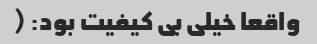
واقعا خیلی بی کیفیت بود: (